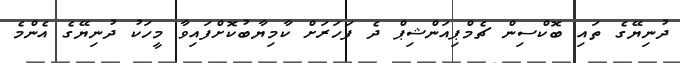
ދުނިޔޭގެ ތައި ބޮކްސިން ޗެމްޕިއަންޝިޕް ދެ ފަހަރަށް ކާމިޔާބުކޮށްފައިވާ މީހަކު ދުނިޔޭގެ އެންމެ